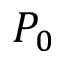
P _ { 0 }